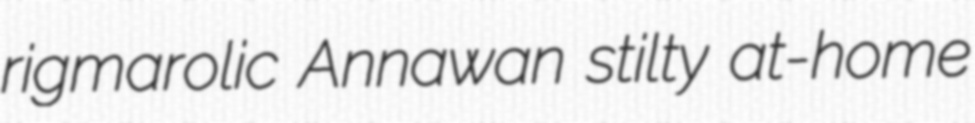
rigmarolic Annawan stilty at-home